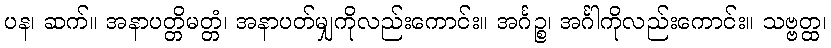
ပန၊ ဆက်။ အနာပတ္တိမတ္တံ၊ အနာပတ်မျှကိုလည်းကောင်း။ အင်္ဂဉ္စ၊ အင်္ဂါကိုလည်းကောင်း။ သဗ္ဗတ္ထ၊